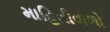
માહિતીવાળો